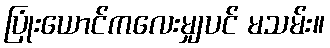
ပြုံးယောင်ကလေးမျှပင် မသမ်း။